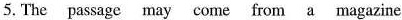
5.The passage may come from a magazine